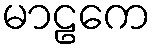
မာဠကေ